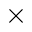
\times